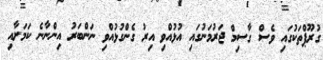
ގުރޫޕްތަކުގައި ވެސް ގާސިމް ޖަރުމަނުގައި އުޅުއްވި އިރު ގެންގުޅުއްވި ނަންބަރު އިންނާނެ ކަމަށާއި